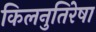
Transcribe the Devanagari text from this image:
किलनुतिरेषा